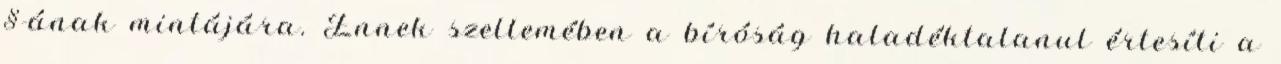
§-ának mintájára. Ennek szellemében a bíróság haladéktalanul értesíti a